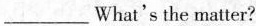
___What's the matter?